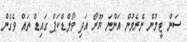
ސަން ޓީމުން ނެރެމުން އަންނަ ޔޫރޯ އަދި ވޯލްޑްކަޕް ގައިޑް ތައް ވެގެން